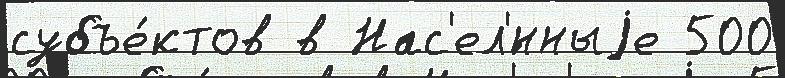
субъе́ктов в Нас'ел'́нныjе 500